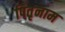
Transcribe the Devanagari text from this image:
पितृनाम